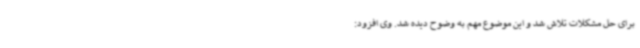
برای حل مشکلات تلاش شد و این موضوع مهم به وضوح دیده شد. وی افزود: